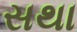
સથા